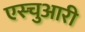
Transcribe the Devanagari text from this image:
एस्चुआरी